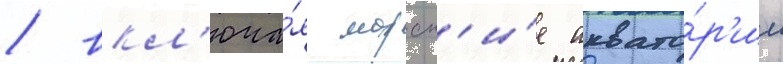
/ вкл'юча́я морск'и́е аквато́р'ии